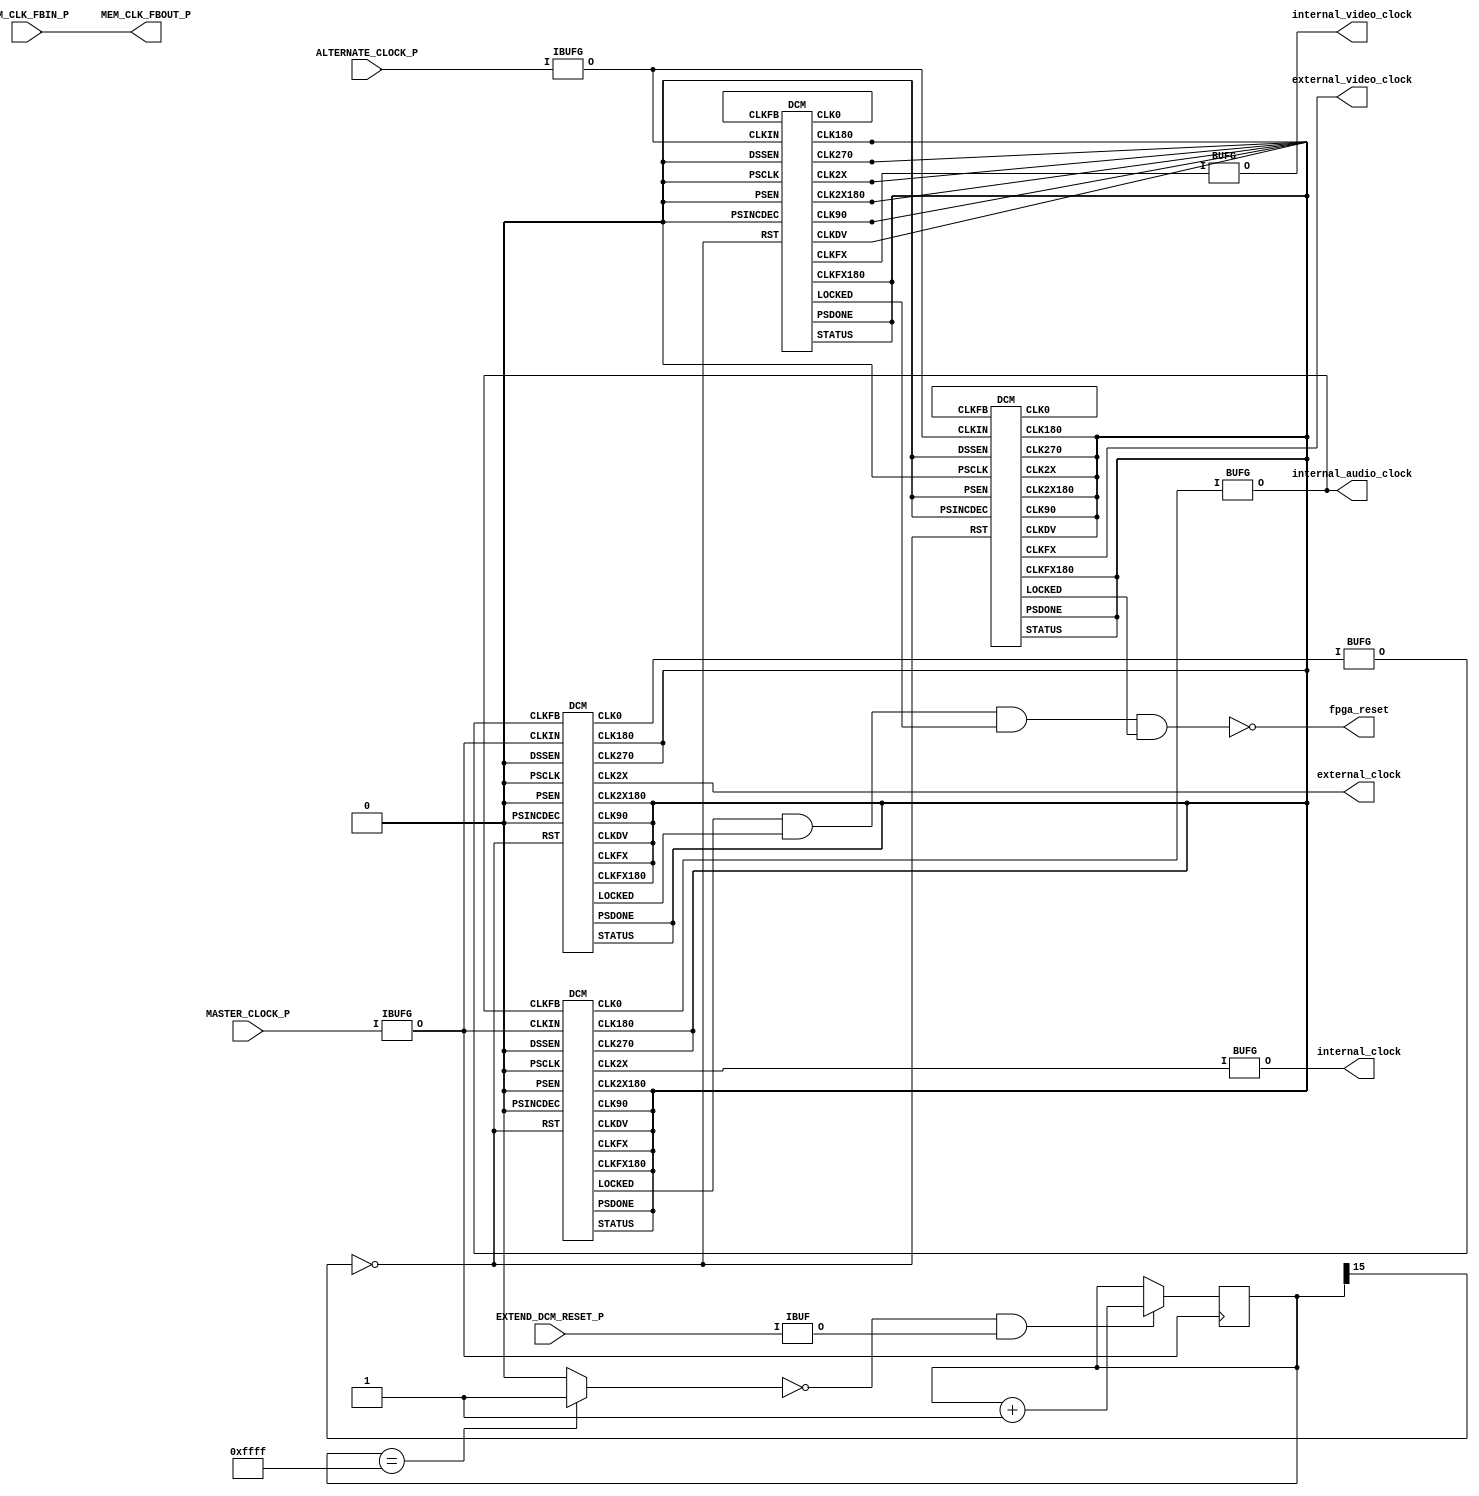
module CLOCKGEN(
	MASTER_CLOCK_P,
	ALTERNATE_CLOCK_P,
	MEM_CLK_FBOUT_P,
	MEM_CLK_FBIN_P,
	EXTEND_DCM_RESET_P,
	internal_audio_clock,
	internal_video_clock,
	external_video_clock,
	internal_clock,
	external_clock,
	fpga_reset
);

input		MASTER_CLOCK_P;			// master clock input (27MHz) 
input 	ALTERNATE_CLOCK_P;		// alternate clock input (50MHz)
output	MEM_CLK_FBOUT_P;			// memory DCM feedback loop output
input		MEM_CLK_FBIN_P;			// memory DCM feedback loop input
input		EXTEND_DCM_RESET_P;		// signal to extend the DCM reset
output 	internal_audio_clock;	// internal audio clock
output	internal_video_clock;	// internal video clock
output   external_video_clock;	// external video clock
output 	internal_clock;			// internal clock for ZBT RAMs
output	external_clock;			// external clock for ZBT RAMs
output	fpga_reset;					// reset to fpga until all DCMs are locked

wire 		low;

wire		clk_27mhz, clk27mhz;
wire		clk_54mhz, clk54mhz, memory_54mhz;

wire		fpga_reset;

wire		master_clock;
wire		alternate_clock;
wire		mem_clk_fbout;
wire		mem_clk_fbin;
wire		extend_dcm_reset;
wire		dcm_reset;

wire		main_locked;
wire 		memory_locked;
wire 		video_locked;
wire 		pal_clk;
wire 		ntsc_clk;

wire     memory_pal_clk;
wire     memory_ntsc_clk;
wire     memory_video_locked;

BUFG CLK54_BUF( .O(clk_54mhz), .I(clk54mhz)); 
assign internal_clock = clk_54mhz; 
assign external_clock = memory_54mhz;
assign internal_audio_clock = clk_27mhz;

wire enable_reset_counter;

assign low 	= 1'b0;

reg [15:0] 	dcm_reset_counter;
reg 			terminal_count;

// reset the fpga until the DLLs are locked
assign fpga_reset = !(
	main_locked & 
	memory_locked &
	video_locked &
	memory_video_locked
);

//create a reset pulse for the DCM triggered by FPGA DONE
assign enable_reset_counter = !terminal_count & extend_dcm_reset;

initial begin dcm_reset_counter = 16'h0000; end

always @ (posedge master_clock) begin
	if (enable_reset_counter) dcm_reset_counter <= dcm_reset_counter +1;
end

always @ (dcm_reset_counter) begin
	if (dcm_reset_counter == 16'hFFFF) terminal_count = 1'b1;
	else terminal_count = 1'b0;
end

assign dcm_reset = !dcm_reset_counter[15];

// instantiate the input buffers for the clocks and dcm reset
IBUFG MASTER_CLOCK (.I(MASTER_CLOCK_P), .O(master_clock));
IBUFG ALTERNATE_CLOCK (.I(ALTERNATE_CLOCK_P), .O(alternate_clock));
IBUF DCM_RESET (.I(EXTEND_DCM_RESET_P), .O(extend_dcm_reset));

// instantiate the global clock buffers
BUFG CLK27_BUF(.O(clk_27mhz), .I(clk27mhz));

// instantiate the DCM for the internal clocks
DCM MAIN_DCM (
	.CLKFB(clk_27mhz), 
	.CLKIN(master_clock), 
	.DSSEN(low), 
	.PSCLK(low), 
	.PSEN(low), 
	.PSINCDEC(low), 
	.RST(dcm_reset),
	.CLK0(clk27mhz), 
	.CLK90(), 
	.CLK180(),
	.CLK270(), 
	.CLK2X(clk54mhz), 
	.CLK2X180(),
	.CLKDV(), 
	.CLKFX(), 
	.CLKFX180(), 
	.LOCKED(main_locked), 
	.PSDONE(), 
	.STATUS()
);

// instantiate the IO buffers for the memory feedback loop
assign MEM_CLK_FBOUT_P = MEM_CLK_FBIN_P;
BUFG MEM27_BUF(.O(mem_clk_fbin), .I(mem_clk_fbout));

// instantiate the DCM for the memory clocks
DCM MEMORY_DCM (
	.CLKFB(mem_clk_fbin), 
	.CLKIN(master_clock), 
	.DSSEN(low), 
	.PSCLK(low), 
	.PSEN(low), 
	.PSINCDEC(low), 
	.RST(dcm_reset),
	.CLK0(mem_clk_fbout), 
	.CLK90(), 
	.CLK180(), 
	.CLK270(), 
	.CLK2X(memory_54mhz), 
	.CLK2X180(),
	.CLKDV(), 
	.CLKFX(), 
	.CLKFX180(), 
	.LOCKED(memory_locked), 
	.PSDONE(), 
	.STATUS()
);

BUFG VID_IN_54_BUF( .O(internal_video_clock), .I(ntsc_clk));
assign external_video_clock = memory_ntsc_clk;

// instantiate the DCM for the pixel clock
DCM VIDEO_DCM (
	.CLKFB(pal_clk), 
	.CLKIN(alternate_clock), 
	.DSSEN(low), 
	.PSCLK(low), 
	.PSEN(low), 
	.PSINCDEC(low), 
	.RST(dcm_reset),
	.CLK0(pal_clk), 
	.CLK90(), 
	.CLK180(), 
	.CLK270(), 
	.CLK2X(), 
	.CLK2X180(),
	.CLKDV(), 
	.CLKFX(ntsc_clk), 
	.CLKFX180(), 
	.LOCKED(video_locked), 
	.PSDONE(), 
	.STATUS()
);

// instantiate the DCM for the pixel clock for accessing the RAM
DCM MEMORY_VIDEO_DCM (
	.CLKFB(memory_pal_clk), 
	.CLKIN(alternate_clock), 
	.DSSEN(low), 
	.PSCLK(low), 
	.PSEN(low), 
	.PSINCDEC(low), 
	.RST(dcm_reset),
	.CLK0(memory_pal_clk), 
	.CLK90(), 
	.CLK180(), 
	.CLK270(), 
	.CLK2X(), 
	.CLK2X180(),
	.CLKDV(), 
	.CLKFX(memory_ntsc_clk), 
	.CLKFX180(), 
	.LOCKED(memory_video_locked), 
	.PSDONE(), 
	.STATUS()
);

endmodule //CLOCKGEN

module BUFG(O, I); // synthesis syn_black_box
output O;
input I;
endmodule

module IBUFG(O, I); // synthesis syn_black_box
output O;
input I;
endmodule

module IBUF(O, I); // synthesis syn_black_box
output O;
input I;
endmodule

module DCM (CLKFB, CLKIN, DSSEN, PSCLK, PSEN, PSINCDEC, RST,
            CLK0, CLK90, CLK180, CLK270, CLK2X, CLK2X180,
            CLKDV, CLKFX, CLKFX180, LOCKED, PSDONE, STATUS); // synthesis syn_black_box

input CLKFB, CLKIN, DSSEN;
input PSCLK, PSEN, PSINCDEC, RST;

output CLK0, CLK90, CLK180, CLK270, CLK2X, CLK2X180;
output CLKDV, CLKFX, CLKFX180, LOCKED, PSDONE;
output [7:0] STATUS;
endmodule